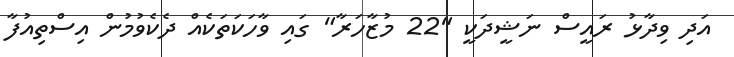
އަދި ވިދާޅު ރައީސް ނަޝީދަކީ "22 މުޒާހަރާ" ގައި ވާހަކަތަކެއް ދެކެވުމުން އިސްތިއުފާ